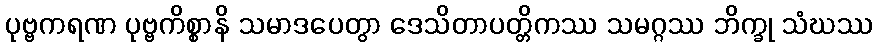
ပုဗ္ဗကရဏ ပုဗ္ဗကိစ္စာနိ သမာဒပေတွာ ဒေသိတာပတ္တိကဿ သမဂ္ဂဿ ဘိက္ခု သံဃဿ